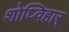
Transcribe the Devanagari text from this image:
शोध्विहार्